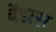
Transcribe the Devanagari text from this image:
बेंडास